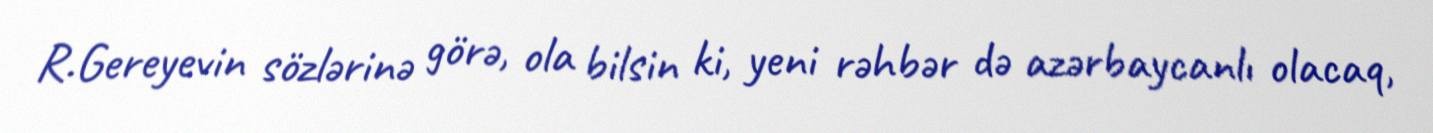
R.Gereyevin sözlərinə görə, ola bilsin ki, yeni rəhbər də azərbaycanlı olacaq,